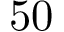
5 0